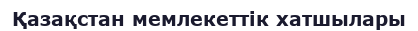
Қазақстан мемлекеттік хатшылары